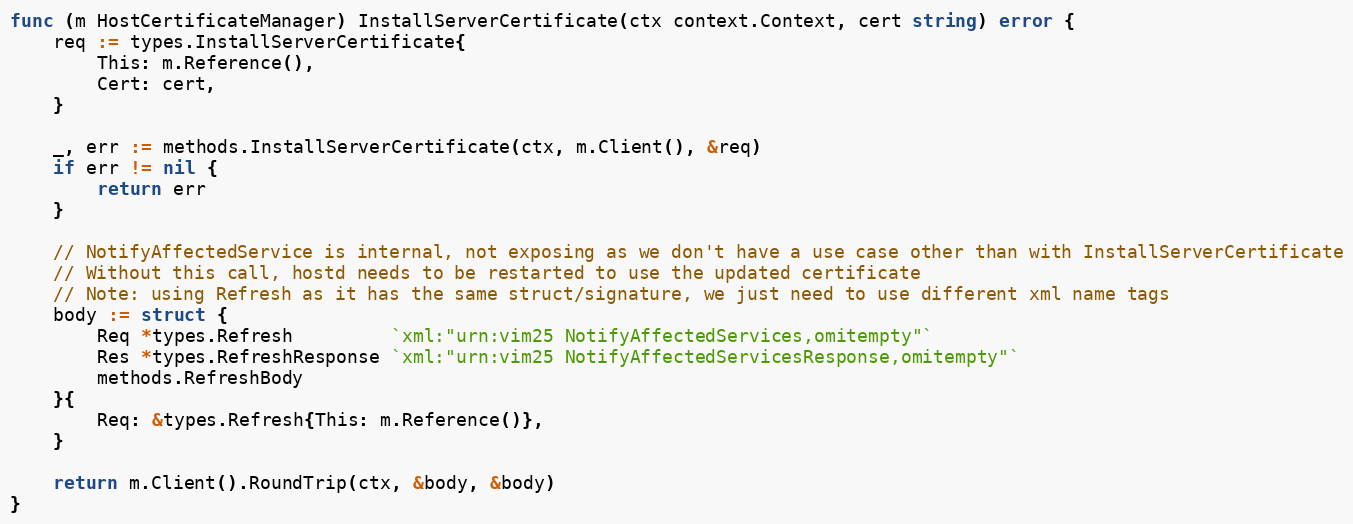
Language: Go
func (m HostCertificateManager) InstallServerCertificate(ctx context.Context, cert string) error {
	req := types.InstallServerCertificate{
		This: m.Reference(),
		Cert: cert,
	}

	_, err := methods.InstallServerCertificate(ctx, m.Client(), &req)
	if err != nil {
		return err
	}

	// NotifyAffectedService is internal, not exposing as we don't have a use case other than with InstallServerCertificate
	// Without this call, hostd needs to be restarted to use the updated certificate
	// Note: using Refresh as it has the same struct/signature, we just need to use different xml name tags
	body := struct {
		Req *types.Refresh         `xml:"urn:vim25 NotifyAffectedServices,omitempty"`
		Res *types.RefreshResponse `xml:"urn:vim25 NotifyAffectedServicesResponse,omitempty"`
		methods.RefreshBody
	}{
		Req: &types.Refresh{This: m.Reference()},
	}

	return m.Client().RoundTrip(ctx, &body, &body)
}